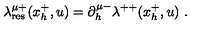
\lambda _ { \mathrm { r e s } } ^ { \mu + } ( x _ { h } ^ { + } , u ) = \partial _ { h } ^ { \mu - } \lambda ^ { + + } ( x _ { h } ^ { + } , u ) \ .